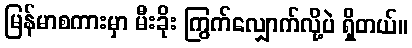
မြန်မာစကားမှာ မီးခိုး ကြွက်လျှောက်လို့ပဲ ရှိတယ်။